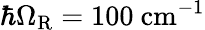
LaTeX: \hbar\Omega_{\mathrm{R}}=100~\mathrm{cm}^{-1}